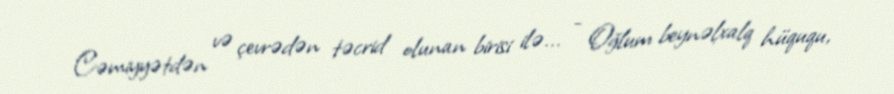
Cəmiyyətdən və çevrədən təcrid olunan birisi ilə... - Oğlum beynəlxalq hüququ,